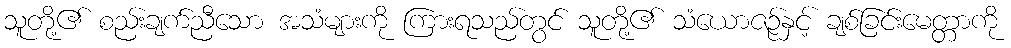
သူတို့၏ စည်းချက်ညီသော အသံများကို ကြားရသည်တွင် သူတို့၏ သံယောဇဉ်နှင့် ချစ်ခြင်းမေတ္တာကို